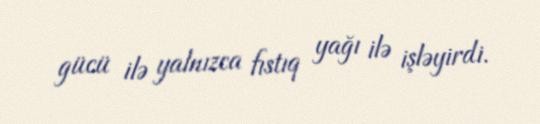
gücü ilə yalnızca fıstıq yağı ilə işləyirdi.